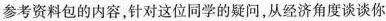
参考资料包的内容，针对这位同学的疑问，从经济角度谈谈你